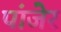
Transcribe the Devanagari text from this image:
पांजेर